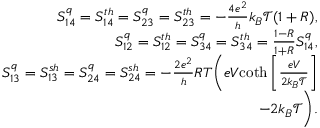
\begin{array} { r } { { S _ { 1 4 } ^ { q } = S _ { 1 4 } ^ { t h } = S _ { 2 3 } ^ { q } = S _ { 2 3 } ^ { t h } = - \frac { 4 e ^ { 2 } } { h } k _ { B } \mathcal { T } ( 1 + R ) , } } \\ { { S _ { 1 2 } ^ { q } = S _ { 1 2 } ^ { t h } = S _ { 3 4 } ^ { q } = S _ { 3 4 } ^ { t h } = \frac { 1 - R } { 1 + R } S _ { 1 4 } ^ { q } , } } \\ { { S _ { 1 3 } ^ { q } = S _ { 1 3 } ^ { s h } = S _ { 2 4 } ^ { q } = S _ { 2 4 } ^ { s h } = - \frac { 2 e ^ { 2 } } { h } R T \bigg ( e V } { \coth \left[ \frac { e V } { 2 k _ { B } \mathcal { T } } \right] } } \\ { { - 2 k _ { B } \mathcal { T } \bigg ) } . } \end{array}